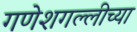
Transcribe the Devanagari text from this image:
गणेशगल्लीच्या